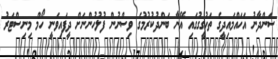
ސަންދާނު އަހައްމައިދީގެ ތަހުގީގުގައި އޭނާ ބަންދުކުރުމުގެ ވިސްނުން ފުލުހުންނަށް ދީފައިވަނީ ހޯމް މިނިސްޓަރު